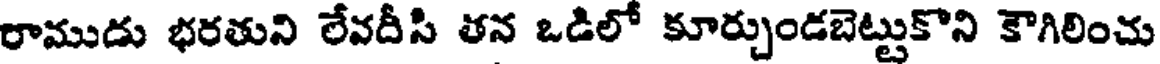
రాముడు భరతుని లేవదీసి తన ఒడిలో కూర్చుండబెట్టుకొని కౌగిలించు